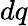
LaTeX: dq